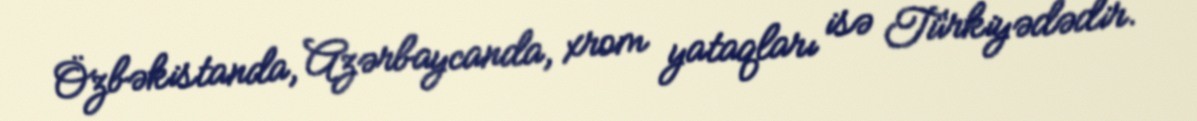
Özbəkistanda, Azərbaycanda, xrom yataqları isə Türkiyədədir.